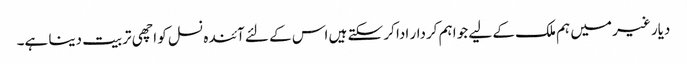
دیار غیر میں ہم ملک کے لیے جو اہم کردار ادا کر سکتے ہیں اس کے لئے آئندہ نسل کو اچھی تربیت دینا ہے۔